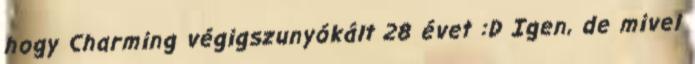
hogy Charming végigszunyókált 28 évet :D Igen, de mivel